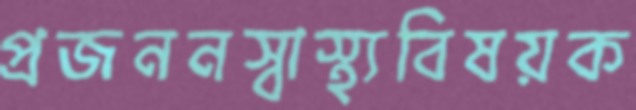
প্রজননস্বাস্থ্যবিষয়ক